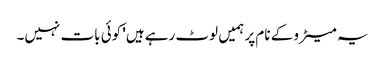
یہ میٹرو کے نام پر ہمیں لوٹ رہے ہیں' کوئی بات نہیں۔